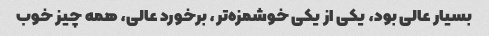
بسیار عالى بود، یکى از یکى خوشمزه‌تر، برخورد عالى، همه چیز خوب